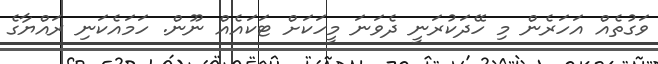
ވަގުތެއް އަހަރެން މި ހޭދަކުރަނީ ދެވަނަ މީހަކަށް ޓަކައެއް ނޫން. ހަމައެކަނި ރައްޔާގެ